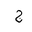
Letter: _gim